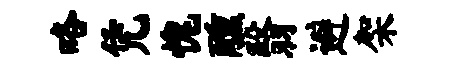
咯凭愧醺翳避架